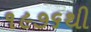
૧૯૭૬થી